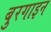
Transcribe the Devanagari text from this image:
बुरगाइन